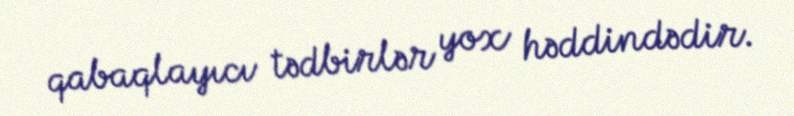
qabaqlayıcı tədbirlər yox həddindədir.